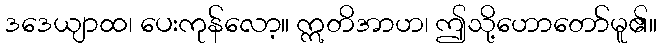
ဒဒေယျာထ၊ ပေးကုန်လော့။ ဣတိအာဟ၊ ဤသို့ဟောတော်မူ၏။